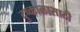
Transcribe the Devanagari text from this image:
दुष्काळासाठी